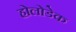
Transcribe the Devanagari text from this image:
होलोडेक